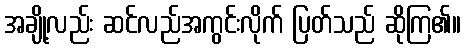
အချို့လည်း ဆင်လည်အကွင်းလိုက် ပြတ်သည် ဆိုကြ၏။